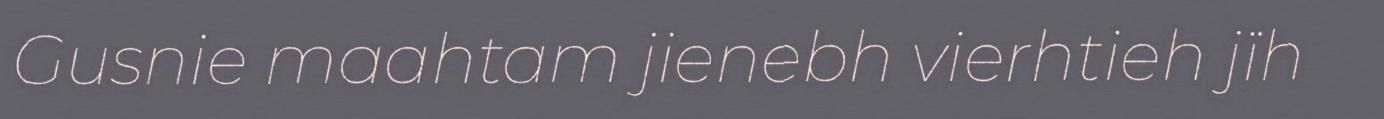
Gusnie maahtam jienebh vierhtieh jïh